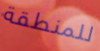
للمنطقة